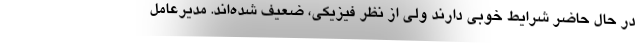
در حال حاضر شرایط خوبی دارند ولی از نظر فیزیکی، ضعیف شده‌اند. مدیرعامل